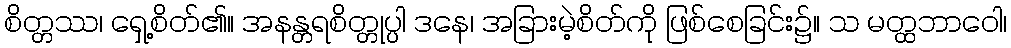
စိတ္တဿ၊ ရှေ့စိတ်၏။ အနန္တရစိတ္တုပ္ပါ ဒနေ၊ အခြားမဲ့စိတ်ကို ဖြစ်စေခြင်း၌။ သ မတ္ထဘာဝေါ၊